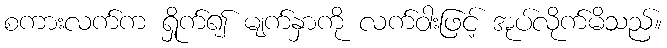
စကားလက်က ရှိုက်၍ မျက်နှာကို လက်ဝါးဖြင့် အုပ်လိုက်မိသည်။